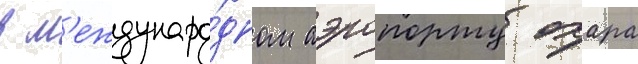
в м'еждунаро́дном аэропорту охара